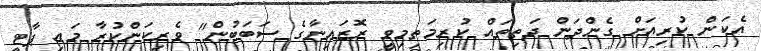
އެކަން ކުރިއަށް ގެންދަން ދަތިތައް ކުރިމަތިމިވީ ރޮޒައިނާގެ ސަބަބުން" ވެރިކަންކުރާ މައި ޕާޓީ